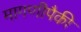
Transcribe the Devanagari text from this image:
मागणीपैकी